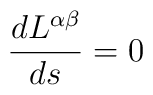
\frac{dL^{\alpha\beta}}{ds}=0